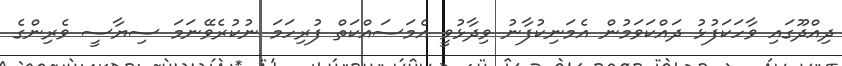
ދިއްދޫގައި ވާހަކަފުޅު ދައްކަވަމުން އެމަނިކުފާނު ވިދާޅުވީ އެމަސައްކަތް ފުރިހަމަ ނުކުރެވޭނަމަ ސިޔާސީ ވެރިންގެ